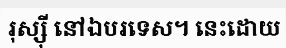
រុស្ស៊ី នៅឯបរទេស។ នេះដោយ